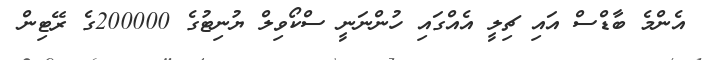
އެންމެ ބާޑްސް އައި ޗިލީ އެއްގައި ހުންނަނީ ސްކޯވިލް ޔުނިޓުގެ 200000ގެ ރޭޓިން